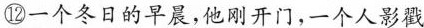
⑫一个冬日的早晨，他刚开门，一个人影戳